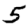
Digit: 5